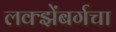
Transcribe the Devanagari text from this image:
लक्झेंबर्गचा